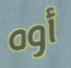
أوه